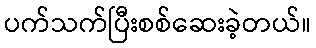
ပက်သက်ပြီးစစ်ဆေးခဲ့တယ်။